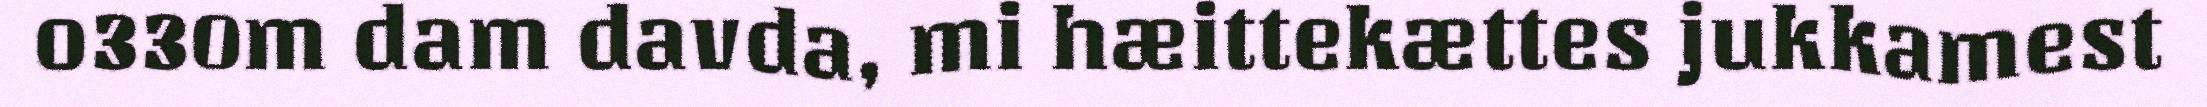
o330m dam davda, mi hæittekættes jukkamest